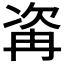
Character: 𣣀